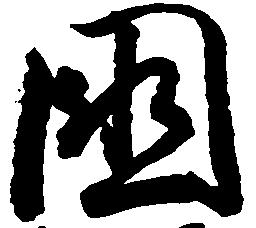
国